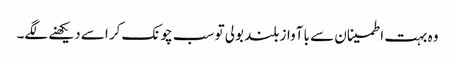
وہ بہت اطمینان سے با آواز بلند بولی تو سب چونک کر اسے دیکھنے لگے۔